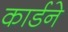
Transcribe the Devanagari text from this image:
कार्डने